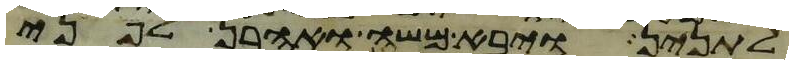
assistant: לתנין ויבא משה ואהרן לפני